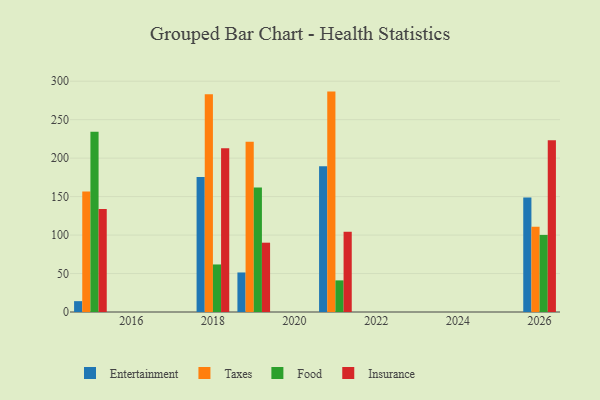
{"axis": {"x": "Year", "y": "Shipments"}, "legend": ["Entertainment", "Food", "Insurance", "Taxes"], "data": [{"x": "2015", "y": 14.1, "type": "Entertainment"}, {"x": "2015", "y": 156.6, "type": "Taxes"}, {"x": "2015", "y": 234.3, "type": "Food"}, {"x": "2015", "y": 134.0, "type": "Insurance"}, {"x": "2019", "y": 51.4, "type": "Entertainment"}, {"x": "2019", "y": 221.3, "type": "Taxes"}, {"x": "2019", "y": 162.0, "type": "Food"}, {"x": "2019", "y": 90.1, "type": "Insurance"}, {"x": "2021", "y": 189.4, "type": "Entertainment"}, {"x": "2021", "y": 286.5, "type": "Taxes"}, {"x": "2021", "y": 41.1, "type": "Food"}, {"x": "2021", "y": 104.3, "type": "Insurance"}, {"x": "2026", "y": 148.7, "type": "Entertainment"}, {"x": "2026", "y": 110.8, "type": "Taxes"}, {"x": "2026", "y": 100.2, "type": "Food"}, {"x": "2026", "y": 223.1, "type": "Insurance"}, {"x": "2018", "y": 175.5, "type": "Entertainment"}, {"x": "2018", "y": 283.1, "type": "Taxes"}, {"x": "2018", "y": 61.8, "type": "Food"}, {"x": "2018", "y": 212.9, "type": "Insurance"}]}